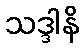
သဒ္ဒါနိ